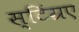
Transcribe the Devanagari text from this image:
स्टिंग्रए